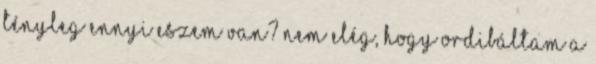
Tényleg ennyi eszem van? Nem elég, hogy ordibáltam a